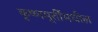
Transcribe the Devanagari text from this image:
कृष्णमूर्तींमधील